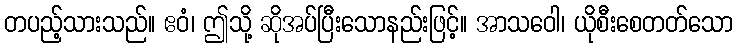
တပည့်သားသည်။ ဧဝံ၊ ဤသို့ ဆိုအပ်ပြီးသောနည်းဖြင့်။ အာသဝေါ၊ ယိုစီးစေတတ်သော